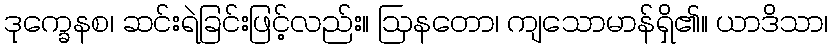
ဒုက္ခေနစ၊ ဆင်းရဲခြင်းဖြင့်လည်း။ ဩနတော၊ ကျသောမာန်ရှိ၏။ ယာဒိသာ၊